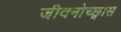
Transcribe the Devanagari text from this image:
जीवनोच्छ्वास